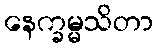
နေက္ခမ္မသိတာ